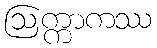
ဩက္ကာကဿ